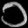
Digit: ၁